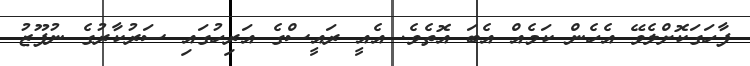
ފާހަގަކޮށްލެވޭ އެހެން ކަމެއް އެބަ އޮތެވެ. އެއީ ރައީސްގެ އަރިހުގައި ސަރުކާރުގެ ނުފޫޒު